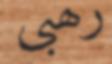
رھبى